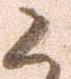
候